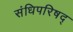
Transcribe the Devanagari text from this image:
संधिपरिषद्